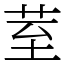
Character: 荎